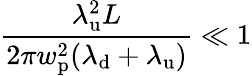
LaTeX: \frac{\lambda_{\mathrm{u}}^{2}L}{2\pi w_{\mathrm{p}}^{2}(\lambda_{\mathrm{d}}+\lambda_{\mathrm{u}})}\ll 1